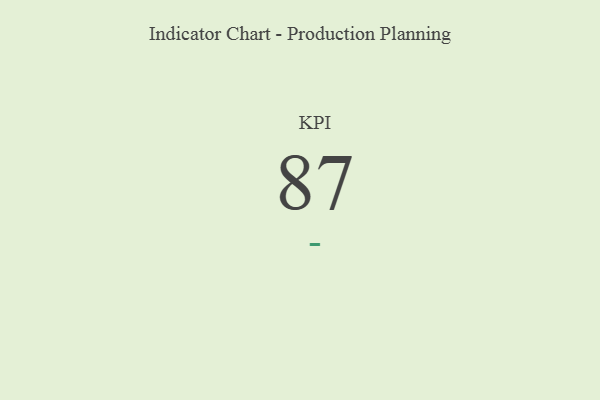
{"axis": {"x": "KPI", "y": "Value"}, "legend": [""], "data": [{"x": "KPI", "y": 87, "type": ""}]}